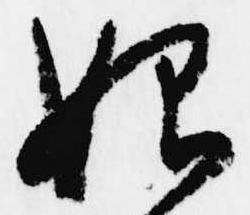
始